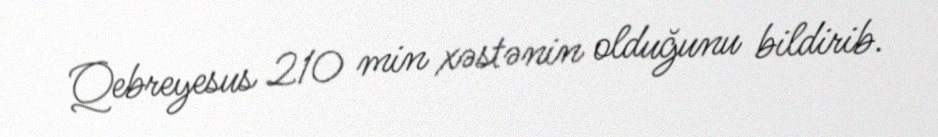
Qebreyesus 210 min xəstənin olduğunu bildirib.